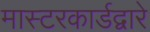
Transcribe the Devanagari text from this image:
मास्टरकार्डद्वारे